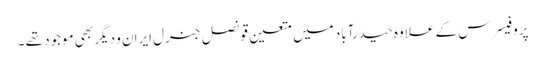
پروفیسرس کے علاوہ حیدرآباد میں متعین قونصل جنرل ایران و دیگر بھی موجود تھے ۔